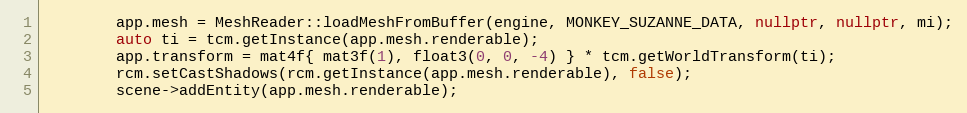
Language: C++
        app.mesh = MeshReader::loadMeshFromBuffer(engine, MONKEY_SUZANNE_DATA, nullptr, nullptr, mi);
        auto ti = tcm.getInstance(app.mesh.renderable);
        app.transform = mat4f{ mat3f(1), float3(0, 0, -4) } * tcm.getWorldTransform(ti);
        rcm.setCastShadows(rcm.getInstance(app.mesh.renderable), false);
        scene->addEntity(app.mesh.renderable);